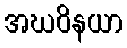
အဃဝိနယာ